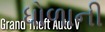
ધોળાની